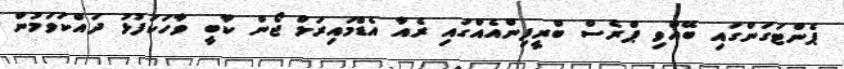
ޕެންޓަގަންގައި ބޭއްވި ޕްރެސް ބްރީފިންއެއްގައި ރެއާ އެޑްމައިރަލް ޖޯން ކާބީ ވާހަކަފުޅު ދައްކަވަމުން